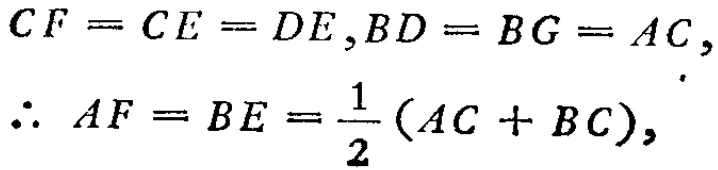
\(CF = CE = DE,BD = BG = AC,\\
\therefore AF = BE = \frac{1}{2}(AC + BC),\)